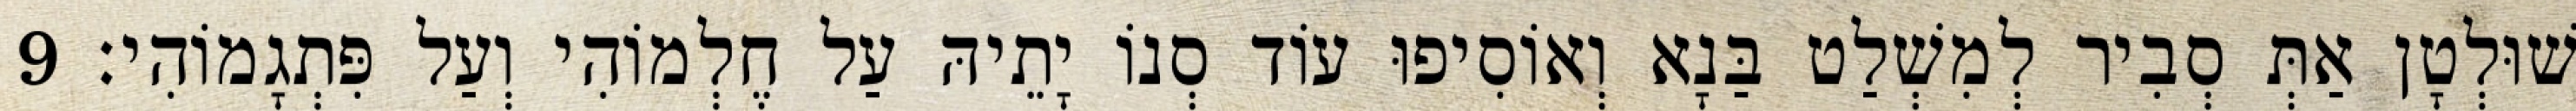
שׁוּלְטָן אַתְּ סְבִיר לְמִשְׁלַט בַּנָא וְאוֹסִיפוּ עוֹד סְנוֹ יָתֵיהּ עַל חֶלְמוֹהִי וְעַל פִּתְגָמוֹהִי׃ 9